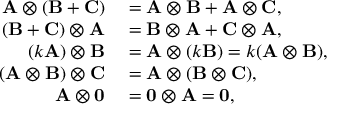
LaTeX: \begin{array} { r l } { \mathbf { A } \otimes ( \mathbf { B } + \mathbf { C } ) } & { { } = \mathbf { A } \otimes \mathbf { B } + \mathbf { A } \otimes \mathbf { C } , } \\ { ( \mathbf { B } + \mathbf { C } ) \otimes \mathbf { A } } & { { } = \mathbf { B } \otimes \mathbf { A } + \mathbf { C } \otimes \mathbf { A } , } \\ { ( k \mathbf { A } ) \otimes \mathbf { B } } & { { } = \mathbf { A } \otimes ( k \mathbf { B } ) = k ( \mathbf { A } \otimes \mathbf { B } ) , } \\ { ( \mathbf { A } \otimes \mathbf { B } ) \otimes \mathbf { C } } & { { } = \mathbf { A } \otimes ( \mathbf { B } \otimes \mathbf { C } ) , } \\ { \mathbf { A } \otimes \mathbf { 0 } } & { { } = \mathbf { 0 } \otimes \mathbf { A } = \mathbf { 0 } , } \end{array}